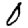
Digit: 0